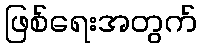
ဖြစ်ရေးအတွက်